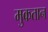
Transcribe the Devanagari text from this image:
मुकतान